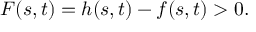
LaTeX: F ( s , t ) = h ( s , t ) - f ( s , t ) > 0 .